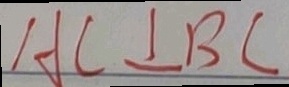
A C \bot B C